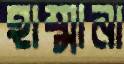
হাম্মানা